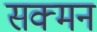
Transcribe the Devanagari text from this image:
सक्मन